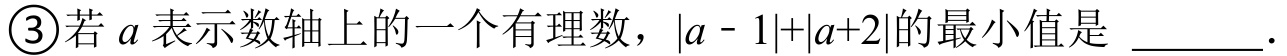
\textcircled{3}若\(a\)表示数轴上的一个有理数，\(\vert a - 1\vert+\vert a + 2\vert\)的最小值是 ________.